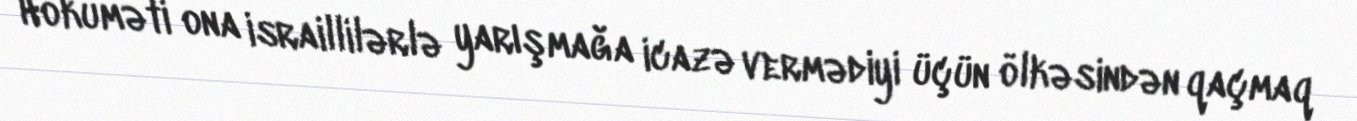
Hökuməti ona israillilərlə yarışmağa icazə vermədiyi üçün ölkəsindən qaçmaq